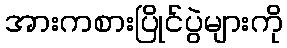
အားကစားပြိုင်ပွဲများကို